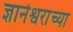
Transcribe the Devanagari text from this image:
ज्ञानेश्वरांंच्या